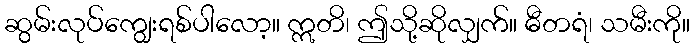
ဆွမ်းလုပ်ကျွေးရစ်ပါလော့။ ဣတိ၊ ဤသို့ဆိုလျှက်။ ဓီတရံ၊ သမီးကို။